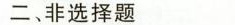
二非选择题